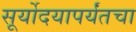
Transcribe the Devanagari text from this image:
सूर्योदयापर्यंतचा